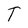
Character: T